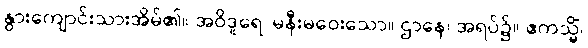
နွားကျောင်းသားအိမ်၏။ အဝိဒူရေ၊ မနီးမဝေးသော။ ဌာနေ၊ အရပ်၌။ ဧကသ္မိံ၊